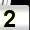
Digit: 2